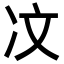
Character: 𪞙